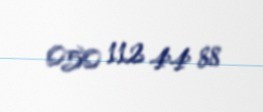
050 112 44 88